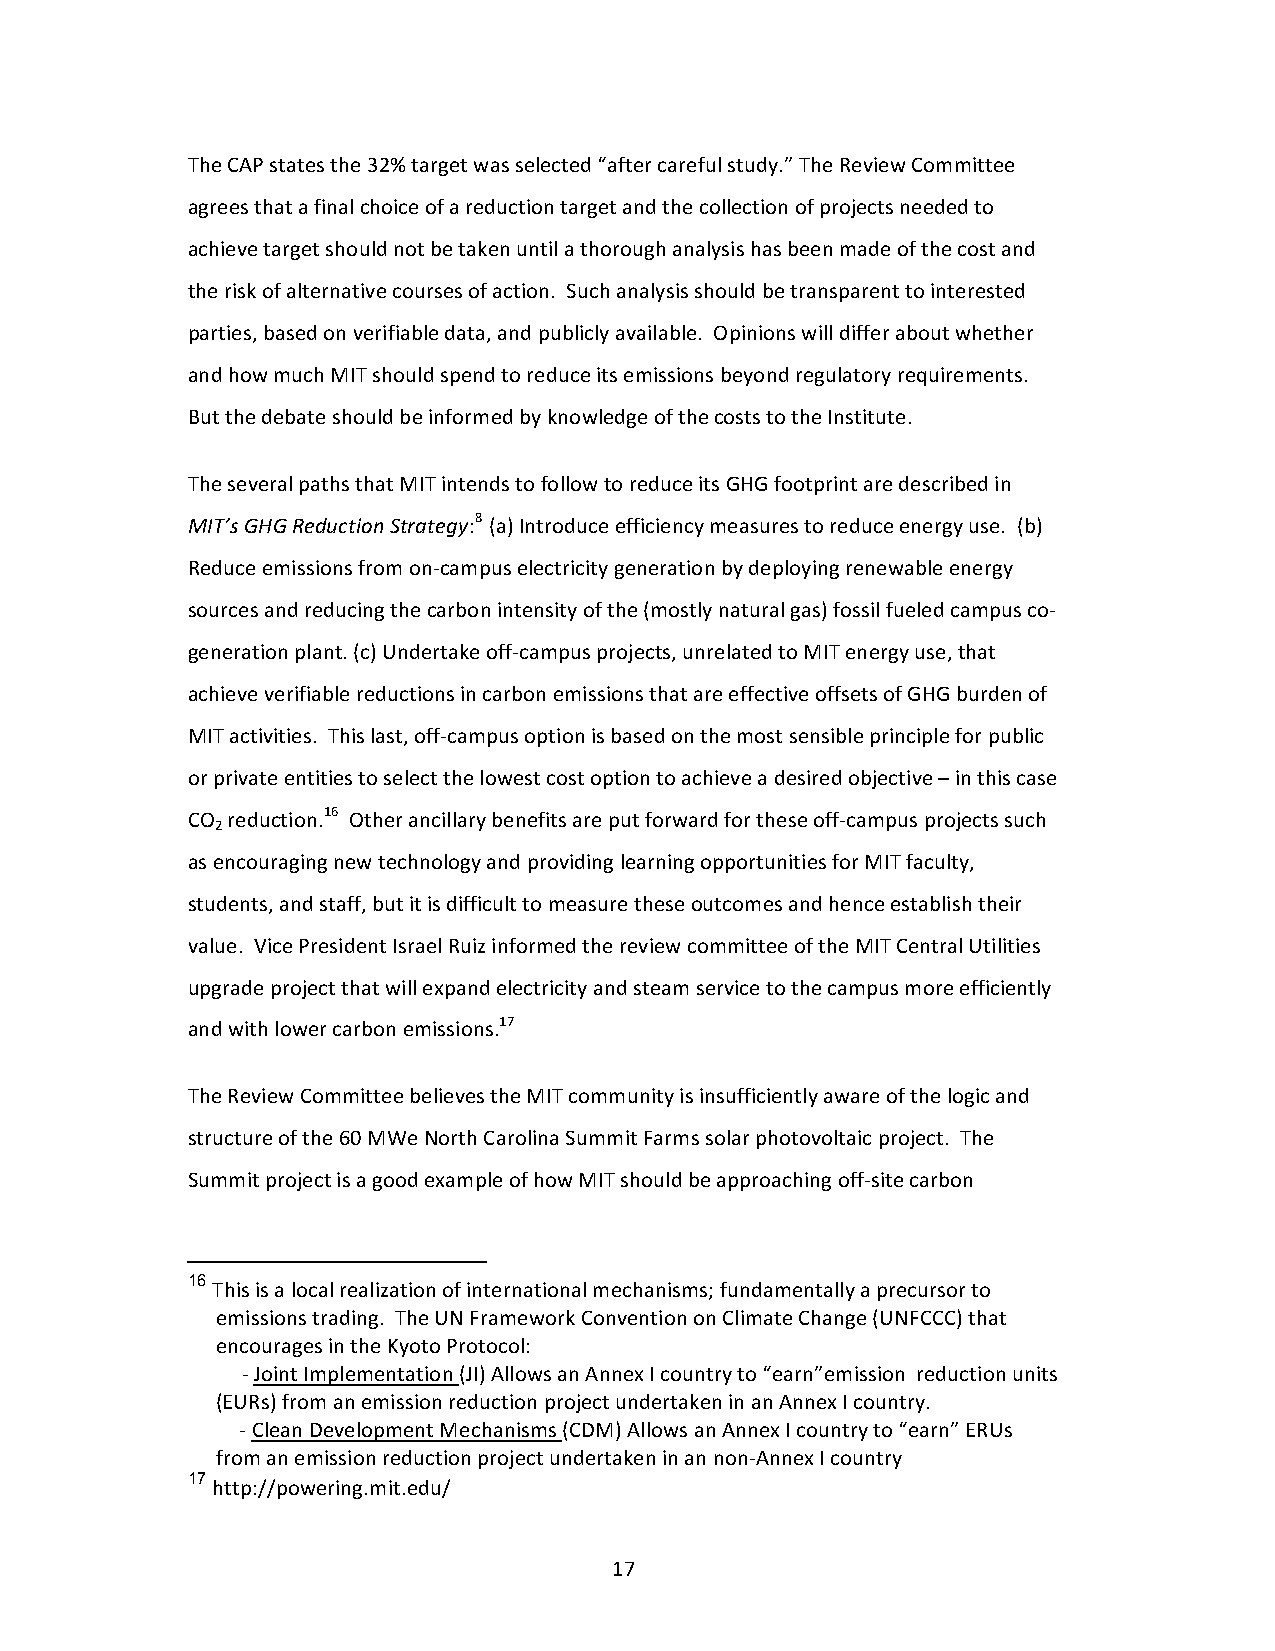
The CAP states the 32% target was selected “after careful study.” The Review Committee
 agrees that a final choice of a reduction target and the collection of projects needed to
 achieve target should not be taken until a thorough analysis has been made of the cost and
 the risk of alternative courses of action. Such analysis should be transparent to interested
 parties, based on verifiable data, and publicly available. Opinions will differ about whether
 and how much MIT should spend to reduce its emissions beyond regulatory requirements.
 But the debate should be informed by knowledge of the costs to the Institute.
 The several paths that MIT intends to follow to reduce its GHG footprint are described in
 MIT’s GHG Reduction Strategy:8 (a) Introduce efficiency measures to reduce energy use. (b)
 Reduce emissions from on-campus electricity generation by deploying renewable energy
 sources and reducing the carbon intensity of the (mostly natural gas) fossil fueled campus co-
 generation plant. (c) Undertake off-campus projects, unrelated to MIT energy use, that
 achieve verifiable reductions in carbon emissions that are effective offsets of GHG burden of
 MIT activities. This last, off-campus option is based on the most sensible principle for public
 or private entities to select the lowest cost option to achieve a desired objective – in this case
 CO reduction.16 Other ancillary benefits are put forward for these off-campus projects such
 2
 as encouraging new technology and providing learning opportunities for MIT faculty,
 students, and staff, but it is difficult to measure these outcomes and hence establish their
 value. Vice President Israel Ruiz informed the review committee of the MIT Central Utilities
 upgrade project that will expand electricity and steam service to the campus more efficiently
 and with lower carbon emissions.17
 The Review Committee believes the MIT community is insufficiently aware of the logic and
 structure of the 60 MWe North Carolina Summit Farms solar photovoltaic project. The
 Summit project is a good example of how MIT should be approaching off-site carbon
 16
 This is a local realization of international mechanisms; fundamentally a precursor to
 emissions trading. The UN Framework Convention on Climate Change (UNFCCC) that
 encourages in the Kyoto Protocol:
 - Joint Implementation (JI) Allows an Annex I country to “earn”emission reduction units
 (EURs) from an emission reduction project undertaken in an Annex I country.
 - Clean Development Mechanisms (CDM) Allows an Annex I country to “earn” ERUs
 from an emission reduction project undertaken in an non-Annex I country
 17
 http://powering.mit.edu/
 17